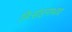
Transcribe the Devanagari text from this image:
निःसंङगभाव